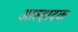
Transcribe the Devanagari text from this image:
आल्हादक